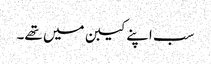
سب اپنے کیبن میں تھے۔